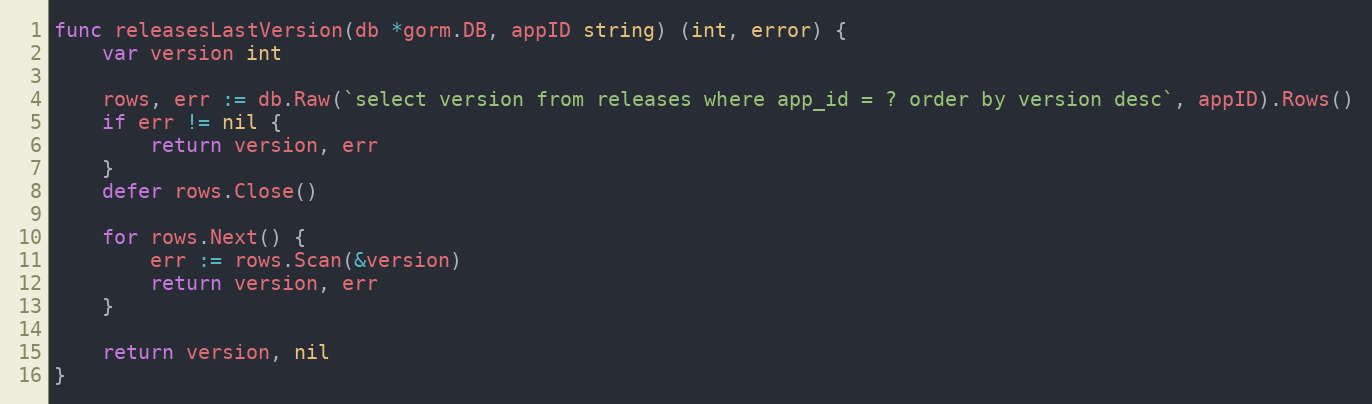
Language: Go
func releasesLastVersion(db *gorm.DB, appID string) (int, error) {
	var version int

	rows, err := db.Raw(`select version from releases where app_id = ? order by version desc`, appID).Rows()
	if err != nil {
		return version, err
	}
	defer rows.Close()

	for rows.Next() {
		err := rows.Scan(&version)
		return version, err
	}

	return version, nil
}